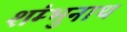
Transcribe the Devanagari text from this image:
शंम्भुनाथ